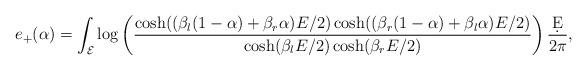
LaTeX: \begin{align*}e_{+}(\alpha)=\int_{\cal E}\log\left(\frac{\cosh((\beta_l(1-\alpha)+\beta_r\alpha)E/2)\cosh((\beta_r(1-\alpha)+\beta_l\alpha)E/2)}{\cosh(\beta_l E/2)\cosh (\beta_r E/2)}\right)\frac{\d E}{2\pi},\end{align*}